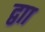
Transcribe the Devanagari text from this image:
द्वाा